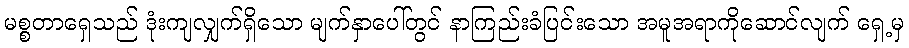
မစ္စတာရှေသည် ဒုံးကျလျှက်ရှိသော မျက်နှာပေါ်တွင် နာကြည်းခံပြင်းသော အမူအရာကိုဆောင်လျက် ရှေ့မှ